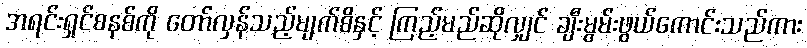
အရင်းရှင်စနစ်ကို တော်လှန်သည့်မျက်စိနှင့် ကြည့်မည်ဆိုလျှင် ချီးမွမ်းဖွယ်ကောင်းသည်ကား